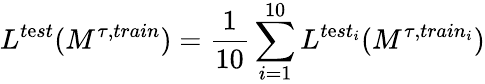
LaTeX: L^{t\mathrm{e}st}(M^{\tau,train})=\frac{{1}}{{10}}\sum_{i=1}^{10}L^{t\mathrm{e}st_{i}}(M^{\tau,train_{i}})